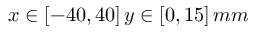
x \in [ - 4 0 , 4 0 ] \, y \in [ 0 , 1 5 ] \, m m